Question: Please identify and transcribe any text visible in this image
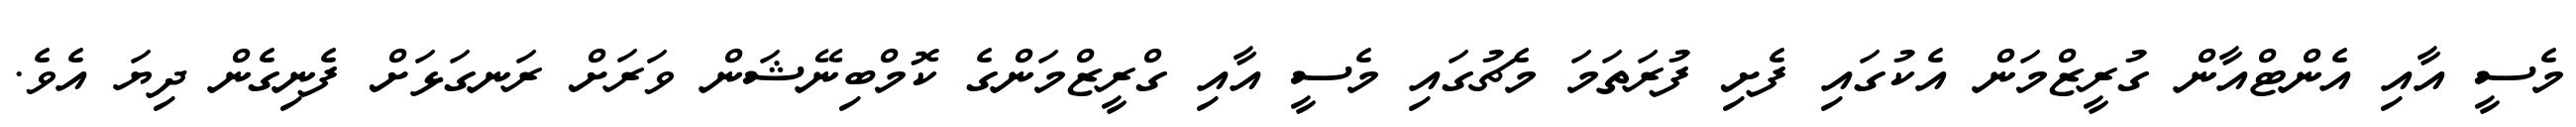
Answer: މެސީ އާއި އެންޓްއާން ގުރީޒްމަން އެކުގައި ފެށި ފުރަތަމަ މެޗުގައި މެސީ އާއި ގްރީޒްމަންގެ ކޮމްބިނޭޝަން ވަރަށް ރަނގަޅަށް ފެނިގެން ދިޔަ އެވެ.